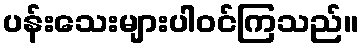
ပန်းသေးများပါဝင်ကြသည်။